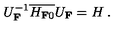
U _ { \bf F } ^ { { - 1 } } \overline { { H _ { { \bf F } 0 } } } { U } _ { \bf F } = H \: .